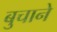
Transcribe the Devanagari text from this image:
बुचाने